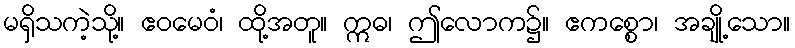
မရှိသကဲ့သို့။ ဧဝမေဝံ၊ ထို့အတူ။ ဣဓ၊ ဤလောက၌။ ဧကစ္စော၊ အချို့သော။